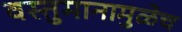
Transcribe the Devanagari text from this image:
वस्तुमानामुळेच